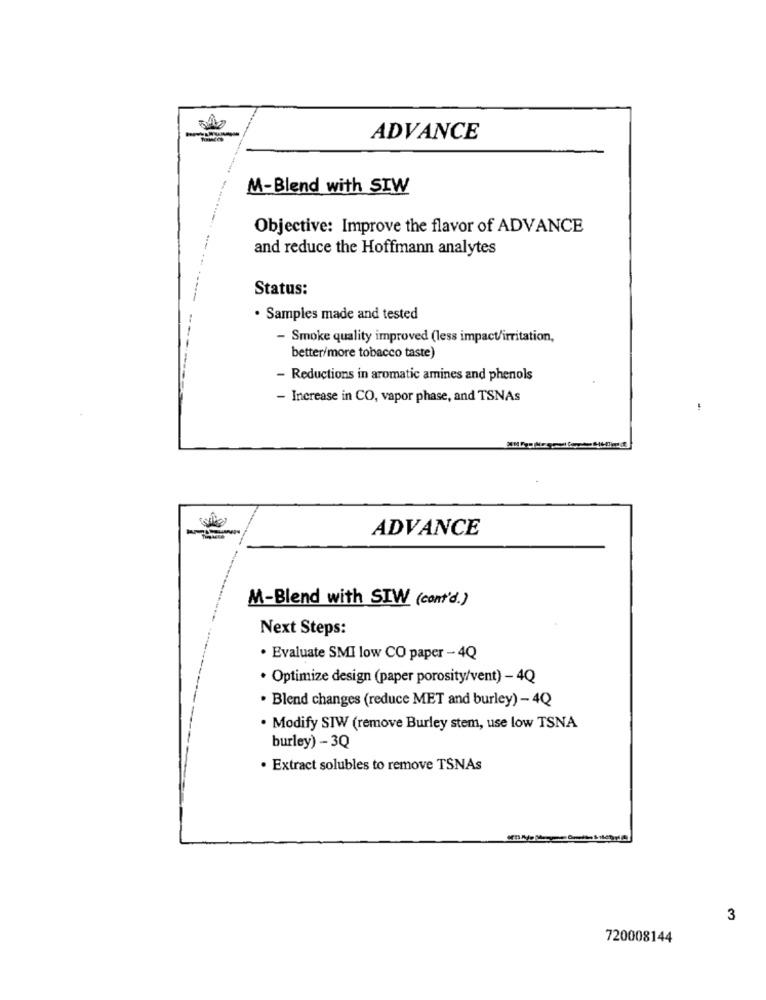
ADVANCE
M-Blend with SIW
Objective: Improve the flavor of ADVANCE
and reduce the Hoffmann analytes
Status:
· Samples made and tested
- Smoke quality improved (less impact/irritation,
better/more tobacco taste)
- Reductions in aromatic amines and phenols
- Increase in CO, vapor phase, and TSNAs
ADVANCE
M-Blend with STW (cont'd.)
Next Steps:
· Evaluate SMI low CO paper - 4Q
· Optimize design (paper porosity/vent) - 4Q
. Blend changes (reduce MET and burley) - 4Q
. Modify STW (remove Burley stem, use low TSNA
burley) - 3Q
· Extract solubles to remove TSNAs
3
720008144